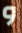
و